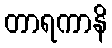
တာရကာနိ